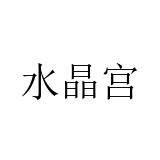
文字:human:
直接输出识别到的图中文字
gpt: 水晶宫